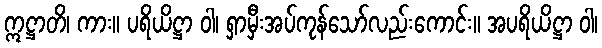
ဣဋ္ဌာတိ၊ ကား။ ပရိယိဋ္ဌာ ဝါ၊ ရှာမှီးအပ်ကုန်သော်လည်းကောင်း။ အပရိယိဋ္ဌာ ဝါ၊